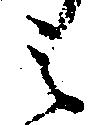
之